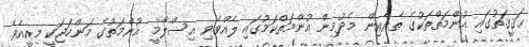
ޙަޤީޤަތުގައި އުންމަތްތަކުގެ ތެރެއިން މެދުމިން އުންމަތްކަމުގައި ލެއްވެވި އިސްލާމީ އުންމަތުގެ މަންހަޖަކީ މިއީއެވެ.